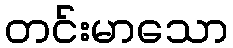
တင်းမာသော